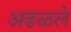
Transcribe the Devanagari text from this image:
अढळले